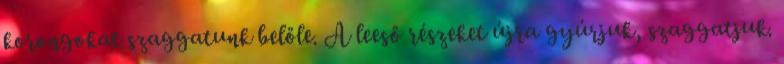
korongokat szaggatunk belőle. A leeső részeket újra gyúrjuk, szaggatjuk.